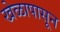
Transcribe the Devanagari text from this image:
खेळापासून